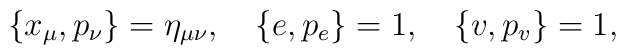
\{x_\mu,p_\nu\}=\eta_{\mu\nu},\quad\{e,p_e\}=1,\quad\{v,p_v\}=1,